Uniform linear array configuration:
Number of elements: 8
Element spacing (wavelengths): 0.75
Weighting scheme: blackman
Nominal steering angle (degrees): -30
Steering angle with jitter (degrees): -29.797
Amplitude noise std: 0.05
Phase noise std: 0.05

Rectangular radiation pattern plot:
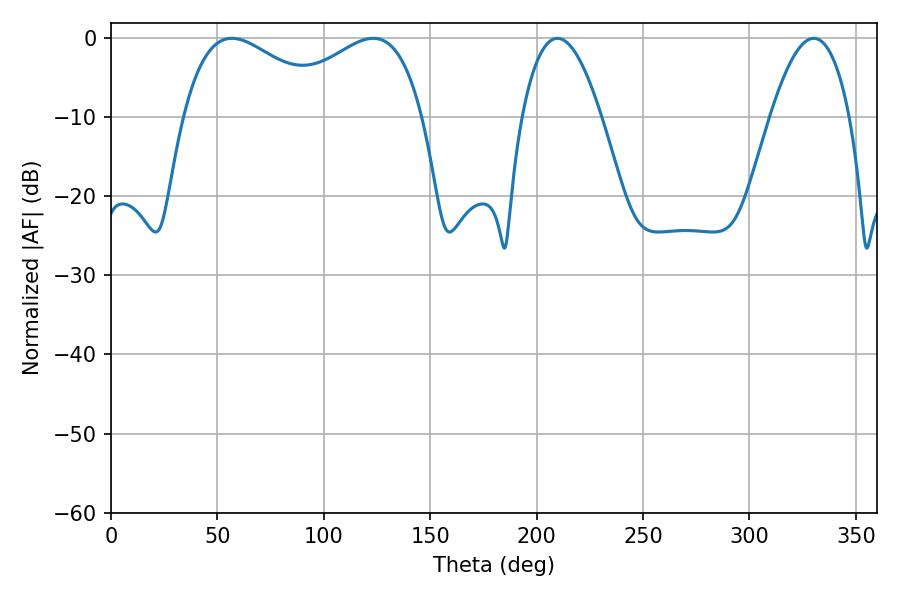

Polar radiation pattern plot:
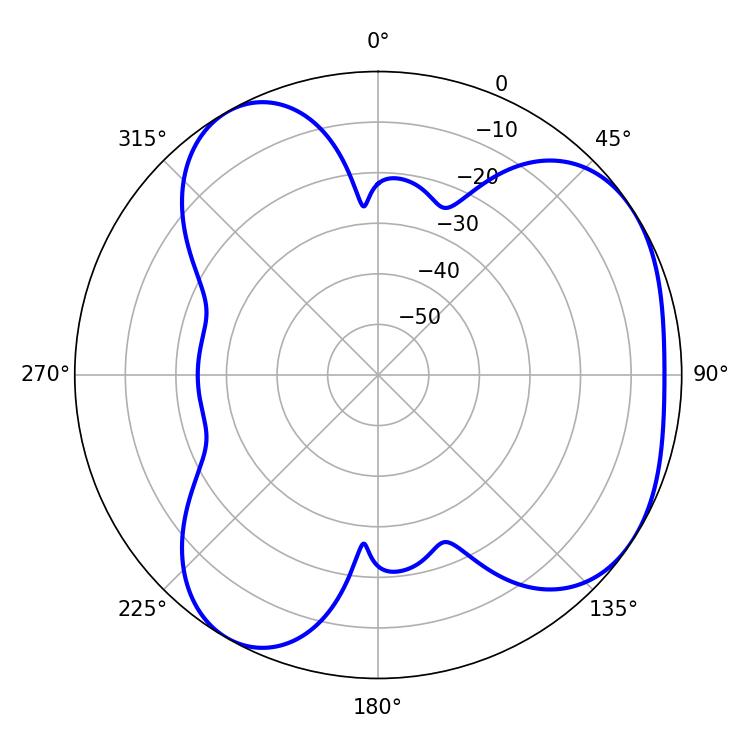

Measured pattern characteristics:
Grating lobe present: TRUE
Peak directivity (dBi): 4.462
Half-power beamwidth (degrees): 39.06
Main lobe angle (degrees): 56.7